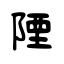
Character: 陻